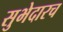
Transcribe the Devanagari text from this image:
सुभेदारच